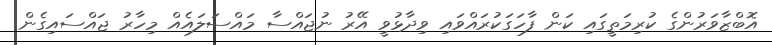
އޮބްޒާވަރުންގެ ކުރިމަތީގައި ކަން ފާހަގަކުރައްވައި ވިދާޅުވީ އޭރު ނުޖައްސާ މައްސަލައެއް މިހާރު ޖައްސައިގެން